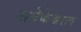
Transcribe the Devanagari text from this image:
अनेकेश्वरत्व